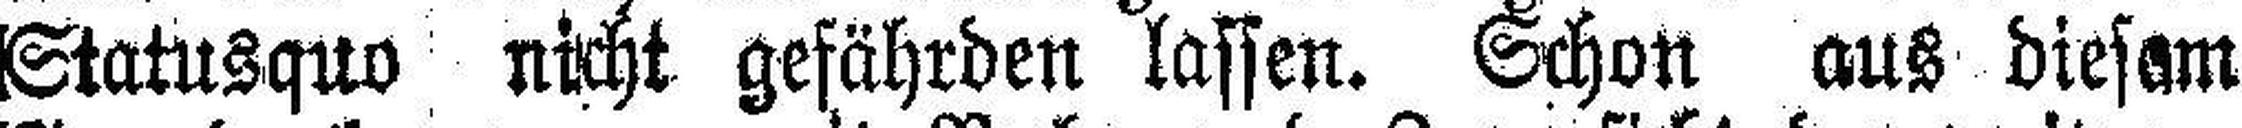
Statusquo nicht gefährden lassen. Schon aus diesem